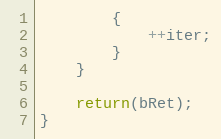
Language: C++
		{
			++iter;
		}
	}

	return(bRet);
}